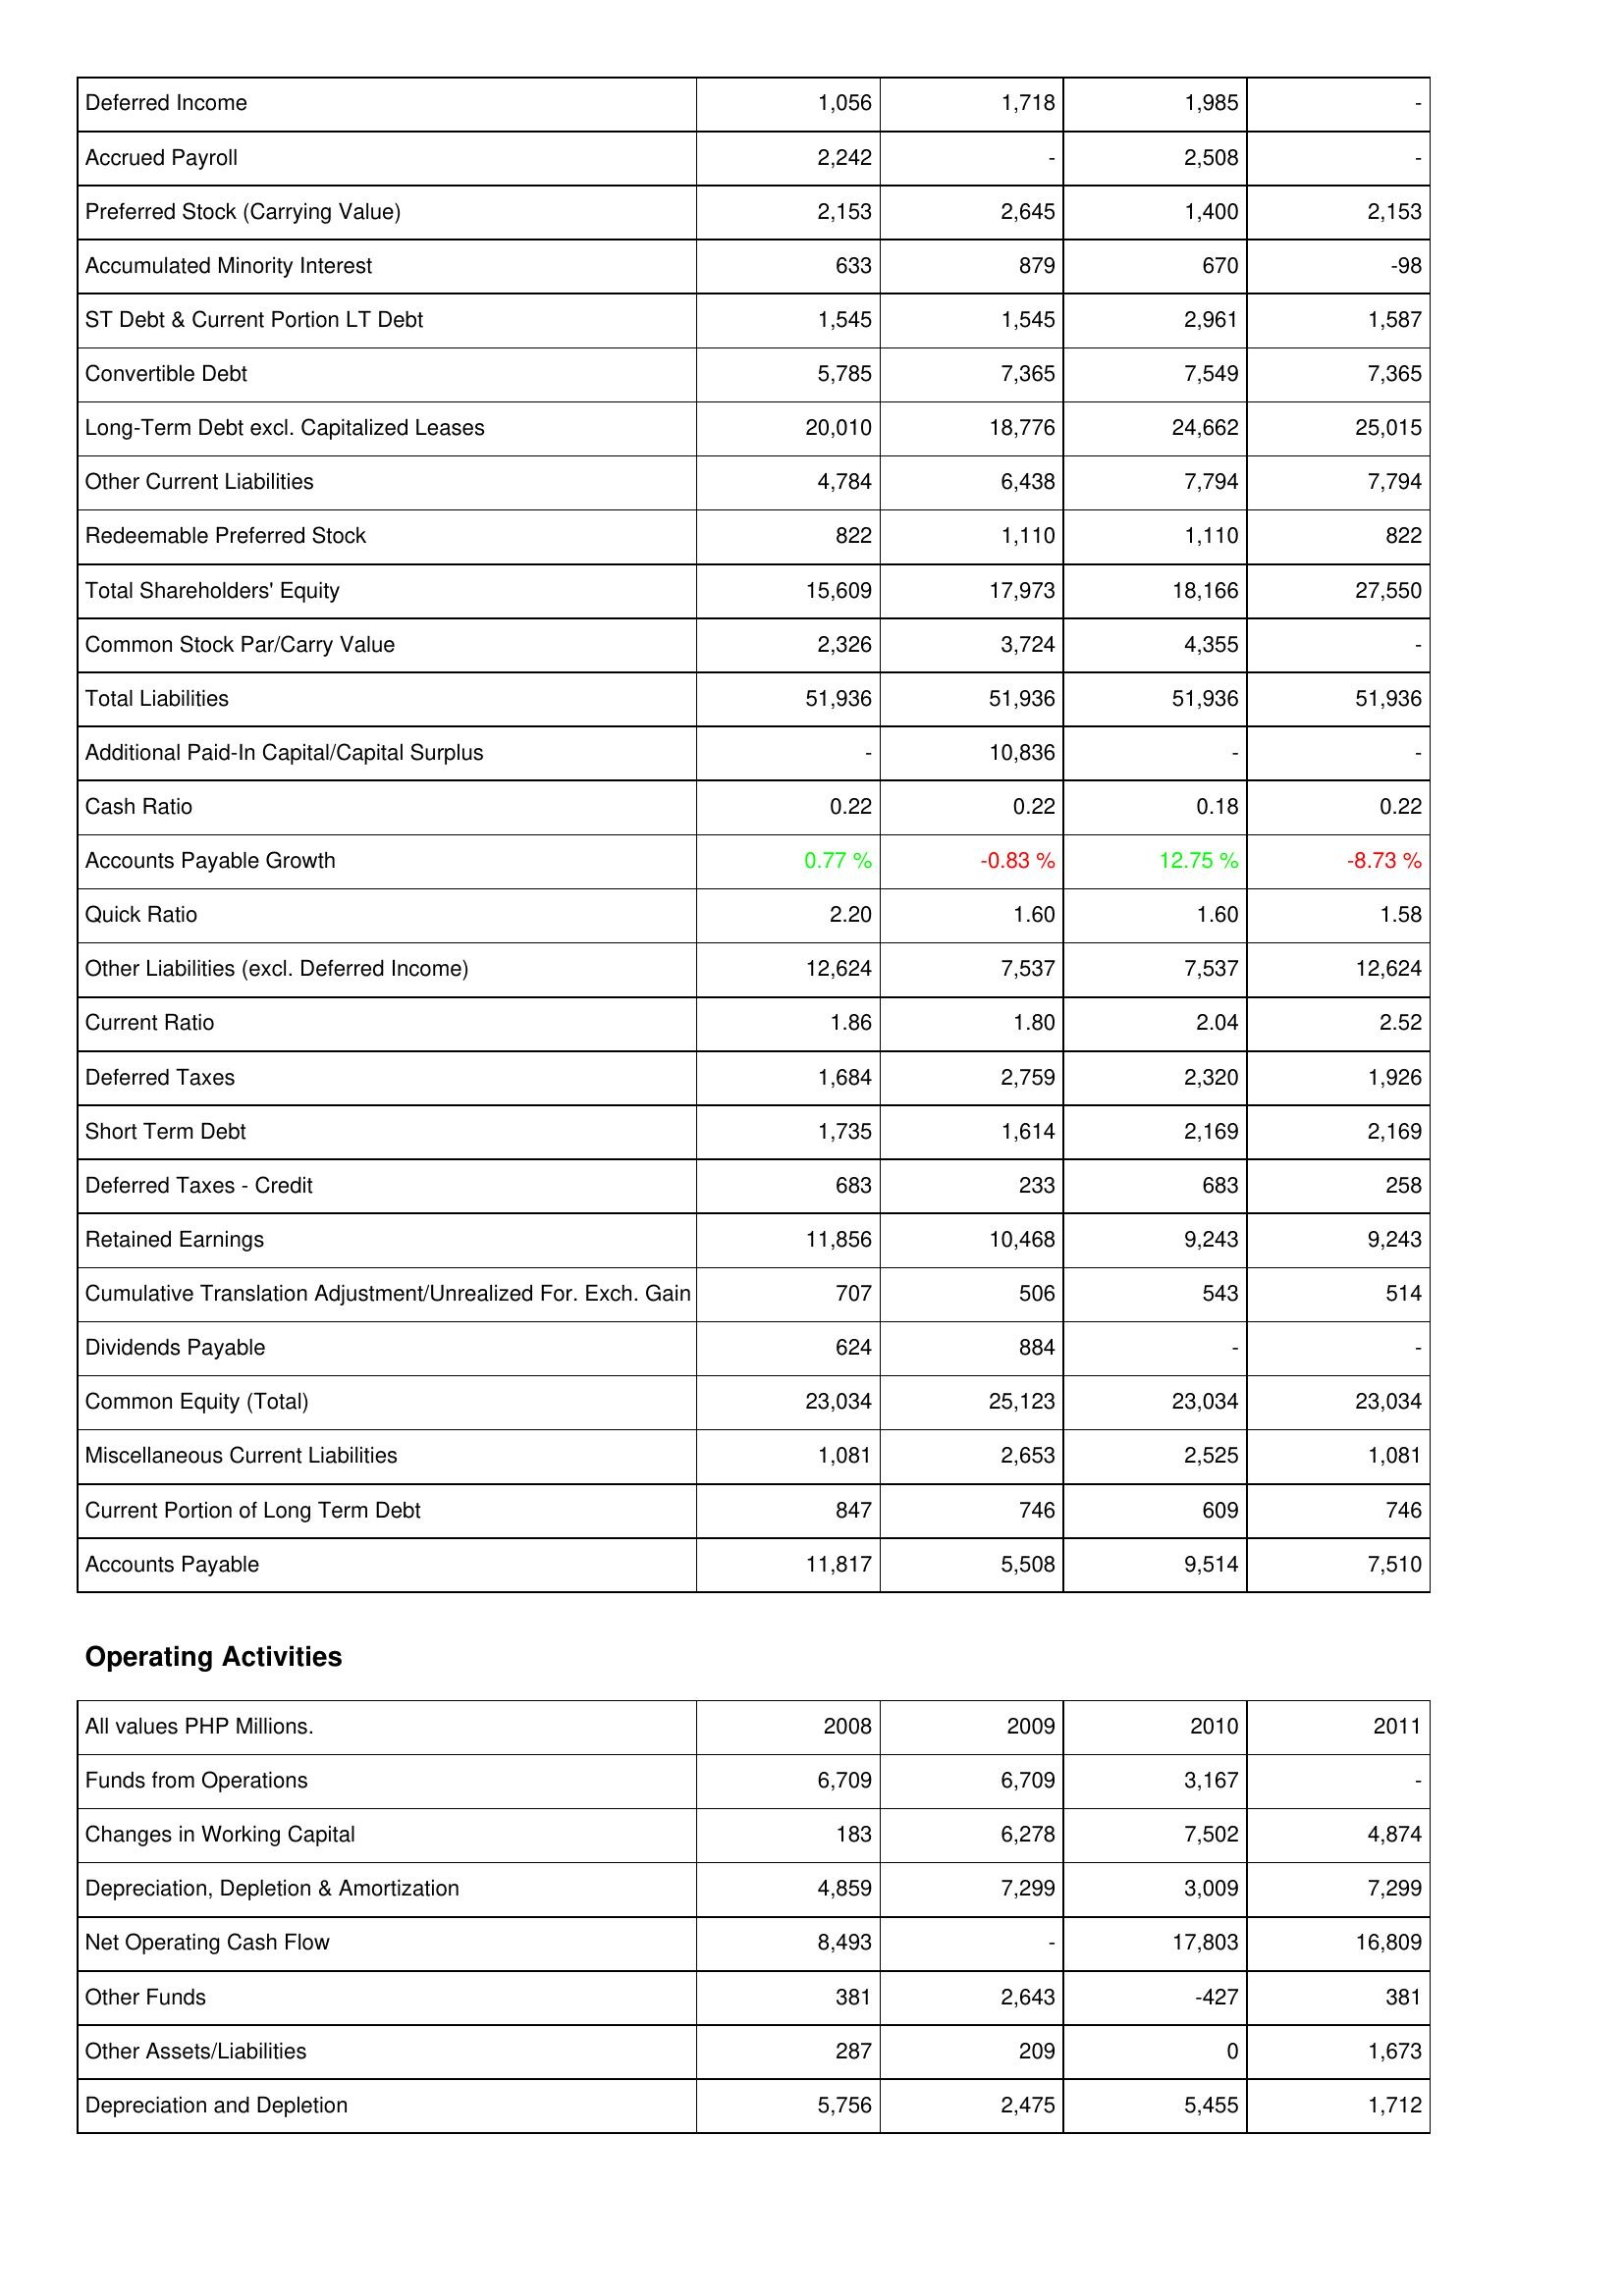
2008: Liabilities & Shareholders' Equity: Deferred Income: 1,056
Accrued Payroll: 2,242
Preferred Stock (Carrying Value): 2,153
Accumulated Minority Interest: 633
ST Debt & Current Portion LT Debt: 1,545
Convertible Debt: 5,785
Long-Term Debt excl. Capitalized Leases: 20,010
Other Current Liabilities: 4,784
Redeemable Preferred Stock: 822
Total Shareholders' Equity: 15,609
Common Stock Par/Carry Value: 2,326
Total Liabilities: 51,936
Additional Paid-In Capital/Capital Surplus: -
Cash Ratio: 0.22
Accounts Payable Growth: 0.77 %
Quick Ratio: 2.20
Other Liabilities (excl. Deferred Income): 12,624
Current Ratio: 1.86
Deferred Taxes: 1,684
Short Term Debt: 1,735
Deferred Taxes - Credit: 683
Retained Earnings: 11,856
Cumulative Translation Adjustment/Unrealized For. Exch. Gain: 707
Dividends Payable: 624
Common Equity (Total): 23,034
Miscellaneous Current Liabilities: 1,081
Current Portion of Long Term Debt: 847
Accounts Payable: 11,817
Operating Activities: Funds from Operations: 6,709
Changes in Working Capital: 183
Depreciation, Depletion & Amortization: 4,859
Net Operating Cash Flow: 8,493
Other Funds: 381
Other Assets/Liabilities: 287
Depreciation and Depletion: 5,756
2009: Liabilities & Shareholders' Equity: Deferred Income: 1,718
Accrued Payroll: -
Preferred Stock (Carrying Value): 2,645
Accumulated Minority Interest: 879
ST Debt & Current Portion LT Debt: 1,545
Convertible Debt: 7,365
Long-Term Debt excl. Capitalized Leases: 18,776
Other Current Liabilities: 6,438
Redeemable Preferred Stock: 1,110
Total Shareholders' Equity: 17,973
Common Stock Par/Carry Value: 3,724
Total Liabilities: 51,936
Additional Paid-In Capital/Capital Surplus: 10,836
Cash Ratio: 0.22
Accounts Payable Growth: -0.83 %
Quick Ratio: 1.60
Other Liabilities (excl. Deferred Income): 7,537
Current Ratio: 1.80
Deferred Taxes: 2,759
Short Term Debt: 1,614
Deferred Taxes - Credit: 233
Retained Earnings: 10,468
Cumulative Translation Adjustment/Unrealized For. Exch. Gain: 506
Dividends Payable: 884
Common Equity (Total): 25,123
Miscellaneous Current Liabilities: 2,653
Current Portion of Long Term Debt: 746
Accounts Payable: 5,508
Operating Activities: Funds from Operations: 6,709
Changes in Working Capital: 6,278
Depreciation, Depletion & Amortization: 7,299
Net Operating Cash Flow: -
Other Funds: 2,643
Other Assets/Liabilities: 209
Depreciation and Depletion: 2,475
2010: Liabilities & Shareholders' Equity: Deferred Income: 1,985
Accrued Payroll: 2,508
Preferred Stock (Carrying Value): 1,400
Accumulated Minority Interest: 670
ST Debt & Current Portion LT Debt: 2,961
Convertible Debt: 7,549
Long-Term Debt excl. Capitalized Leases: 24,662
Other Current Liabilities: 7,794
Redeemable Preferred Stock: 1,110
Total Shareholders' Equity: 18,166
Common Stock Par/Carry Value: 4,355
Total Liabilities: 51,936
Additional Paid-In Capital/Capital Surplus: -
Cash Ratio: 0.18
Accounts Payable Growth: 12.75 %
Quick Ratio: 1.60
Other Liabilities (excl. Deferred Income): 7,537
Current Ratio: 2.04
Deferred Taxes: 2,320
Short Term Debt: 2,169
Deferred Taxes - Credit: 683
Retained Earnings: 9,243
Cumulative Translation Adjustment/Unrealized For. Exch. Gain: 543
Dividends Payable: -
Common Equity (Total): 23,034
Miscellaneous Current Liabilities: 2,525
Current Portion of Long Term Debt: 609
Accounts Payable: 9,514
Operating Activities: Funds from Operations: 3,167
Changes in Working Capital: 7,502
Depreciation, Depletion & Amortization: 3,009
Net Operating Cash Flow: 17,803
Other Funds: -427
Other Assets/Liabilities: 0
Depreciation and Depletion: 5,455
2011: Liabilities & Shareholders' Equity: Deferred Income: -
Accrued Payroll: -
Preferred Stock (Carrying Value): 2,153
Accumulated Minority Interest: -98
ST Debt & Current Portion LT Debt: 1,587
Convertible Debt: 7,365
Long-Term Debt excl. Capitalized Leases: 25,015
Other Current Liabilities: 7,794
Redeemable Preferred Stock: 822
Total Shareholders' Equity: 27,550
Common Stock Par/Carry Value: -
Total Liabilities: 51,936
Additional Paid-In Capital/Capital Surplus: -
Cash Ratio: 0.22
Accounts Payable Growth: -8.73 %
Quick Ratio: 1.58
Other Liabilities (excl. Deferred Income): 12,624
Current Ratio: 2.52
Deferred Taxes: 1,926
Short Term Debt: 2,169
Deferred Taxes - Credit: 258
Retained Earnings: 9,243
Cumulative Translation Adjustment/Unrealized For. Exch. Gain: 514
Dividends Payable: -
Common Equity (Total): 23,034
Miscellaneous Current Liabilities: 1,081
Current Portion of Long Term Debt: 746
Accounts Payable: 7,510
Operating Activities: Funds from Operations: -
Changes in Working Capital: 4,874
Depreciation, Depletion & Amortization: 7,299
Net Operating Cash Flow: 16,809
Other Funds: 381
Other Assets/Liabilities: 1,673
Depreciation and Depletion: 1,712